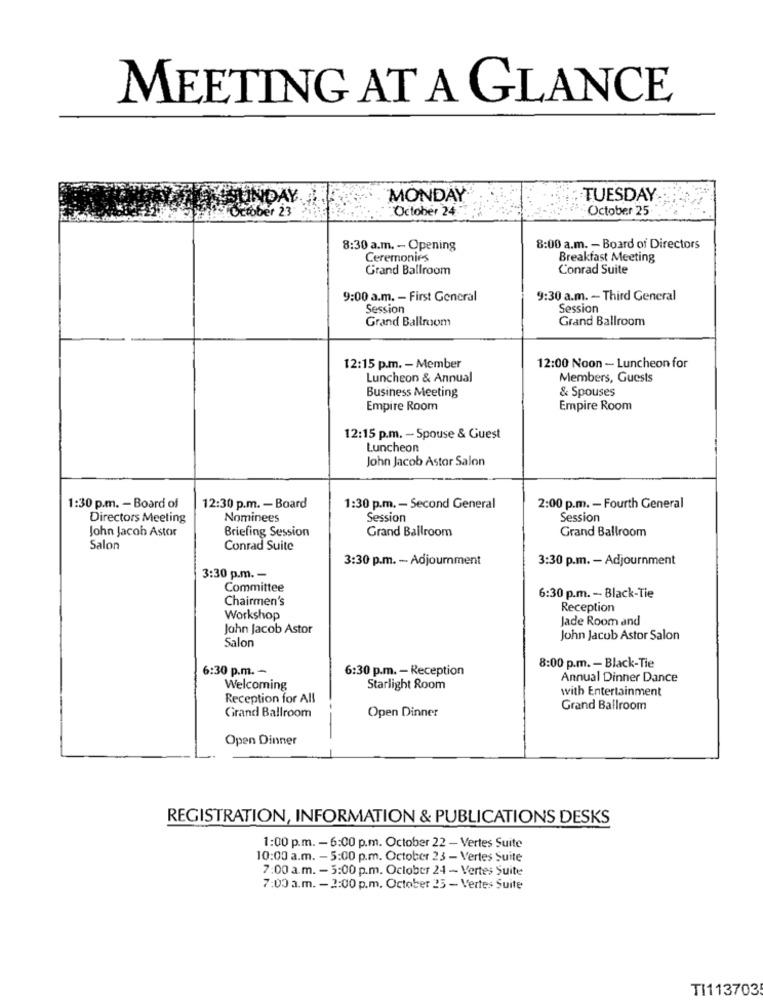
MEETING AT A GLANCE
ZAN SUNDAY.
MONDAY
TUESDAY
October 23
October 24
October 25
8:30 a.m. - Opening
8:00 a.m. - Board of Directors
Ceremonies
Breakfast Meeting
Grand Ballroom
Conrad Suite
9:00 a.m. - First General
9:30 a.m. - Third General
Session
Session
Grand Ballroom
Grand Ballroom
12:15 p.m. - Member
12:00 Noon - Luncheon for
Luncheon & Annual
Members, Guests
Business Meeting
& Spouses
Empire Room
Empire Room
12:15 p.m. - Spouse & Guest
Luncheon
John Jacob Astor Salon
1:30 p.m. - Board of
12:30 p.m. - Board
1:30 p.m. - Second General
2:00 p.m. - Fourth General
Directors Meeting
Nominees
Session
Session
John Jacob Astor
Briefing Session
Grand Ballroom
Grand Ballroom
Salon
Conrad Suite
3:30 p.m. - Adjournment
3:30 p.m. - Adjournment
3:30 p.m. -
Committee
Chairmen's
6:30 p.m. - Black-Tie
Reception
Workshop
Jade Room and
John Jacob Astor
Salon
John Jacob Astor Salon
6:30 p.m. -
6:30 p.m. - Reception
8:00 p.m. - Black-Tie
Annual Dinner Dance
Welcoming
Starlight Room
with Entertainment
Reception for All
Grand Ballroom
Open Dinner
Grand Ballroom
Open Dinner
REGISTRATION, INFORMATION & PUBLICATIONS DESKS
1:00 p.m. - 6:00 p.m. October 22 - Vertes Suite
10:00 a.m. - 5:00 p.m. October 23 - Vertes Suite
7:00 a.m. - 5:00 p.m. October 24 - Vertes Suite
7:00 a.m. - 2:00 p.m. October 25 - Vertes Suite
TI1137035